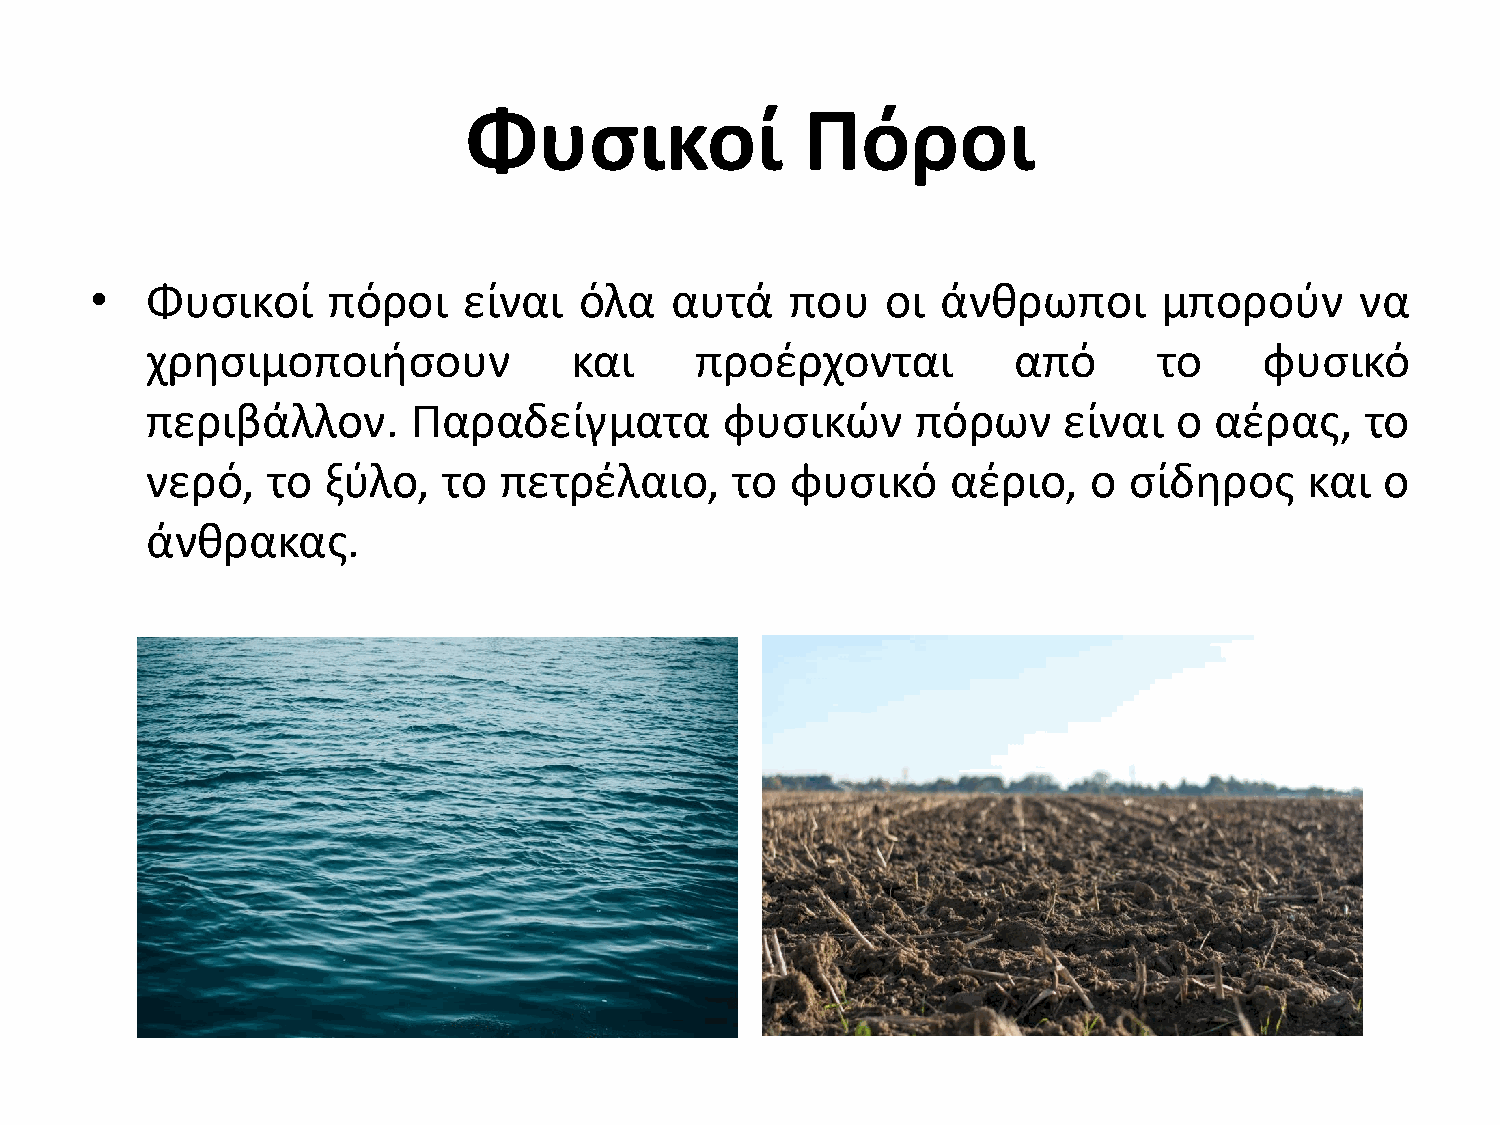
Φυςικοί               Πόροι
 •   Φυςικοί     πόροι    είναι  όλα   αυτά    που    οι άνκρωποι       μποροφν      να
 χρθςιμοποιιςουν             και     προζρχονται          από       το     φυςικό
 περιβάλλον.      Παραδείγματα         φυςικϊν      πόρων    είναι   ο αζρασ,    το
 νερό,   το  ξφλο,  το  πετρζλαιο,     το  φυςικό     αζριο,   ο  ςίδθροσ     και  ο
 άνκρακασ.